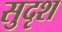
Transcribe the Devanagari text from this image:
सुदृश